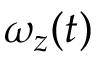
\omega _ { z } ( t )